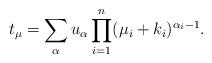
LaTeX: \begin{align*}t_\mu=\sum_\alpha u_\alpha\prod_{i=1}^n(\mu_i+k_i)^{\alpha_i-1} . \end{align*}